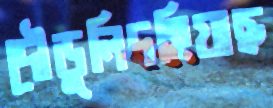
দৌড়ুলিদহিয়াছ